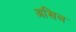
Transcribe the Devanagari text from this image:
अखिल